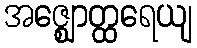
အဇ္ဈောတ္ထရေယျ